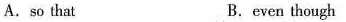
A.so that B.even though